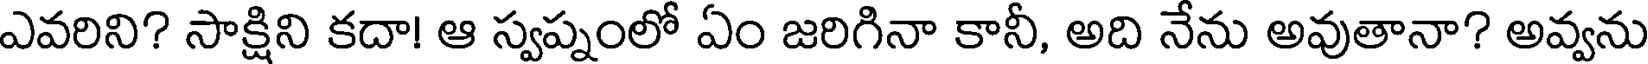
ఎవరిని? సాక్షిని కదా! ఆ స్వప్నంలో ఏం జరిగినా కానీ, అది నేను అవుతానా? అవ్వను